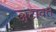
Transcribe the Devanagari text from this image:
अ्टावर्त